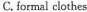
C.formal clothes